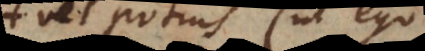
vel potius (ut ego